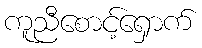
ကူညီစောင့်ရှောက်